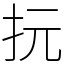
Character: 抏